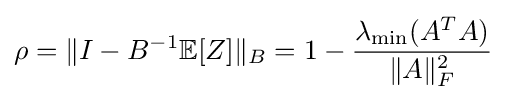
\rho =\|I-B^{-1}\mathbb {E} [Z]\|_{B}=1-{\frac {\lambda _{\min }(A^{T}A)}{\|A\|_{F}^{2}}}